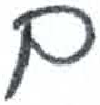
אות: ם